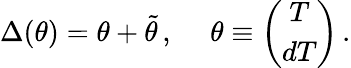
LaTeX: \Delta(\theta)=\theta+\tilde{\theta}\, ,\ \ \ \ \ \theta\equiv\left(\begin{array}{c}{{T}}\\ {{dT}}\end{array}\right)\, .